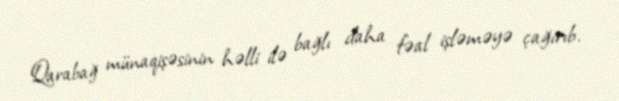
Qarabağ münaqişəsinin həlli ilə bağlı daha fəal işləməyə çağırıb.